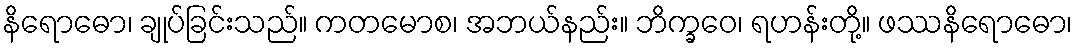
နိရောဓော၊ ချုပ်ခြင်းသည်။ ကတမောစ၊ အဘယ်နည်း။ ဘိက္ခဝေ၊ ရဟန်းတို့။ ဖဿနိရောဓော၊